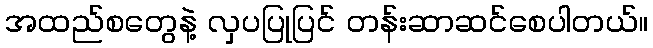
အထည်စတွေနဲ့ လှပပြုပြင် တန်းဆာဆင်စေပါတယ်။